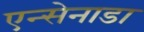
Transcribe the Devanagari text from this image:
एन्सेनाडा